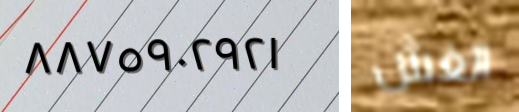
٨٨٧٥٩٠٢٩٢١ الغش